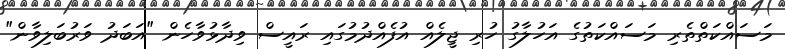
މަސައްކަތްތެރި މަސައްކަތުގެ އަހުލާގު ހުރި ޖީލެއް އުފެއްދުމުގައި ރައީސް ވިދާޅުވާހެން "އަބަދު ވަރުބަލިވާން"